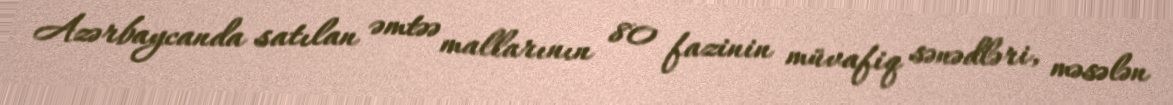
Azərbaycanda satılan əmtəə mallarının 80 fazinin müvafiq sənədləri, məsələn